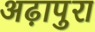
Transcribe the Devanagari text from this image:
अढ़ापुरा